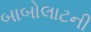
બાબોલાટની